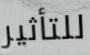
للتأثير